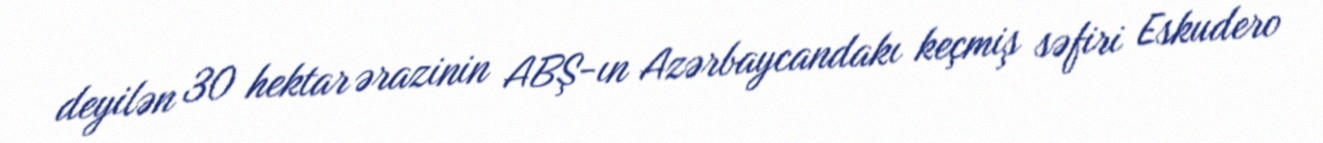
deyilən 30 hektar ərazinin ABŞ-ın Azərbaycandakı keçmiş səfiri Eskudero